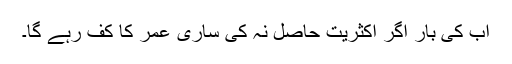
اب کی بار اگر اکثریت حاصل نہ کی ساری عمر کا کف رہے گا۔